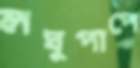
লঘুপাপে